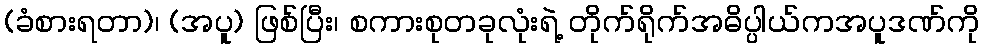
(ခံစားရတာ)၊ (အပူ) ဖြစ်ပြီး၊ စကားစုတခုလုံးရဲ့ တိုက်ရိုက်အဓိပ္ပါယ်ကအပူဒဏ်ကို